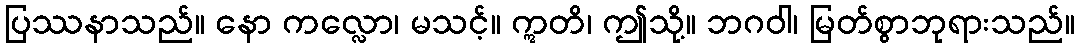
ပြဿနာသည်။ နော ကလ္လော၊ မသင့်။ ဣတိ၊ ဤသို့။ ဘဂဝါ၊ မြတ်စွာဘုရားသည်။